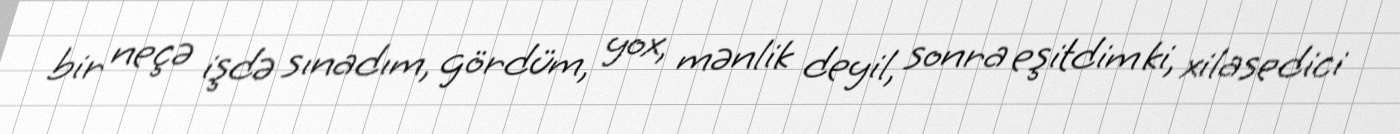
bir neçə işdə sınadım, gördüm, yox, mənlik deyil, sonra eşitdim ki, xilasedici